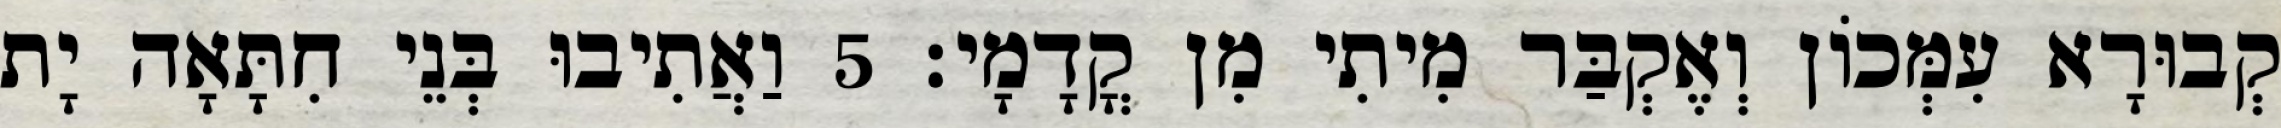
קְבוּרָא עִמְּכוֹן וְאֶקְבַּר מִיתִי מִן קֳדָמָי׃ 5 וַאֲתִיבוּ בְּנֵי חִתָּאָה יָת